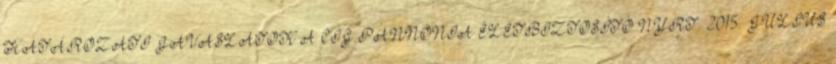
HATÁROZATI JAVASLATOK A CIG PANNÓNIA ÉLETBIZTOSÍTÓ NYRT. 2015. JÚLIUS